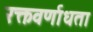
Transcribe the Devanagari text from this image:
रक्तवर्णाधता